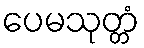
ပေမသုတ္တံ